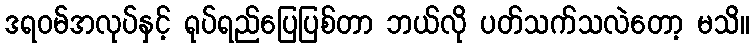
ဒရဝမ်အလုပ်နှင့် ရုပ်ရည်ပြေပြစ်တာ ဘယ်လို ပတ်သက်သလဲတော့ မသိ။